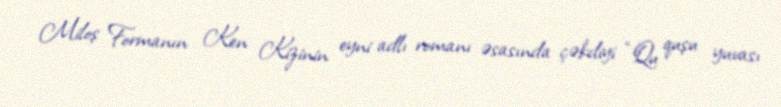
Miloş Formanın Ken Kizinin eyni adlı romanı əsasında çəkdiyi “Qu quşu yuvası